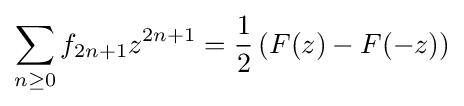
\sum _{n\geq 0}f_{2n+1}z^{2n+1}={\frac {1}{2}}\left(F(z)-F(-z)\right)